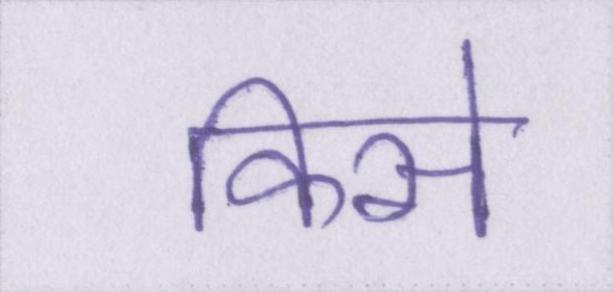
किसे